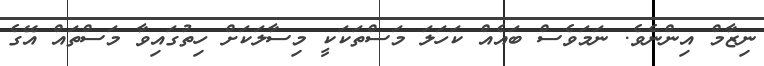
ނިޒާމް އިންނެވެ. ނަމަވެސް ބައެއް ކަހަލަ މަސްތަކަކީ މިސާލަކަށް ހިތުގައިވާ މަސްތައް އޭގެ